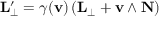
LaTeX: \mathbf { L } _ { \perp } ^ { \prime } = \gamma ( \mathbf { v } ) \left( \mathbf { L } _ { \perp } + \mathbf { v } \wedge \mathbf { N } \right)